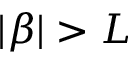
| \beta | > L